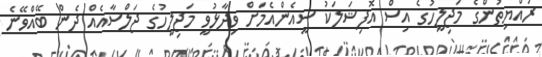
ރައްޔިތުންގެ މަޖިލީހުގެ އިސް އޮފިޝަލަކު ސީއެންއެމަށް ވިދާޅުވީ މަޖިލީހުގެ ޖަލްސާއެއް ދެން ބޭއްވޭނެ